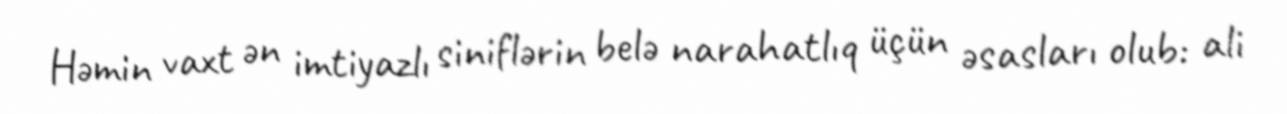
Həmin vaxt ən imtiyazlı siniflərin belə narahatlıq üçün əsasları olub: ali